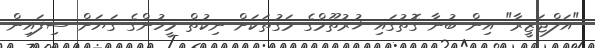
"އަލްޖަޒީރާ" އިން ބުނާ ގޮތުގައި ޚުރުތޫމްގެ މަގުތަކަށް ނިކުތް މީހުންގެ ގަޔަށް ސިފައިން